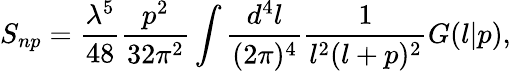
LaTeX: S_{np}=\frac{\lambda^{5}}{48}\frac{p^{2}}{32\pi^{2}}\int\frac{d^{4}l}{(2\pi)^{4}}\frac{1}{l^{2}(l+p)^{2}}G(l|p),